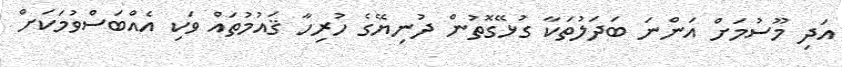
އަދި މޫސުމަށް އަންނަ ބަދަލުތަކާ ގުޅޭގޮތުން ދުނިޔޭގެ ހުރިހާ ޤައުމުތައް ވަކި އެއްބަސްވުމަކަށް